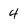
Character: 4